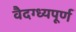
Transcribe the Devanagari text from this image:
वैदग्ध्यपूर्ण